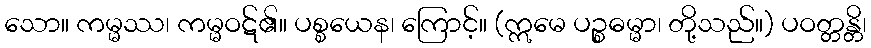
သော။ ကမ္မဿ၊ ကမ္မဝဋ်၏။ ပစ္စယေန၊ ကြောင့်။ (ဣမေ ပဉ္စဓမ္မာ၊ တို့သည်။) ပဝတ္တန္တိ၊